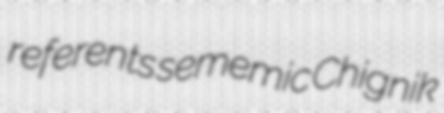
referents sememic Chignik